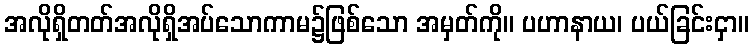
အလိုရှိတတ်အလိုရှိအပ်သောကာမ၌ဖြစ်သော အမှတ်ကို။ ပဟာနာယ၊ ပယ်ခြင်းငှာ။